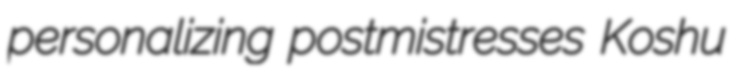
personalizing postmistresses Koshu